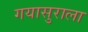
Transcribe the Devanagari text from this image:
गयासुराला